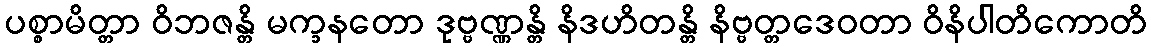
ပစ္စာမိတ္တာ ဝိဘဇန္တိ မက္ခနတော ဒုဗ္ဗဏ္ဏန္တိ နိဒဟိတန္တိ နိဗ္ဗတ္တဒေဝတာ ဝိနိပါတိကောတိ